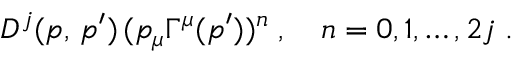
D ^ { j } ( p , \, p ^ { \prime } ) \, ( p _ { \mu } \Gamma ^ { \mu } ( p ^ { \prime } ) ) ^ { n } \; , \quad n = 0 , 1 , \ldots , 2 j \; .